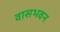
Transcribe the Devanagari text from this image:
वासभवन